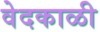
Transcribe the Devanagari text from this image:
वेदकाळी